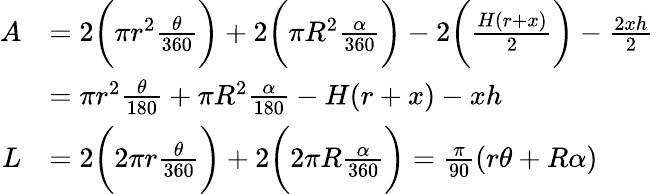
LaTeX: \begin{array}{rl}{A}&{=2\bigg(\pi r^{2}\frac{\theta}{360}\bigg)+2\bigg(\pi R^{2}\frac{\alpha}{360}\bigg)-2\bigg(\frac{H(r+x)}{2}\bigg)-\frac{2xh}{2}}\\ &{=\pi r^{2}\frac{\theta}{180}+\pi R^{2}\frac{\alpha}{180}-H(r+x)-xh}\\ {L}&{=2\bigg(2\pi r\frac{\theta}{360}\bigg)+2\bigg(2\pi R\frac{\alpha}{360}\bigg)=\frac{\pi}{90}(r\theta+R\alpha)}\end{array}